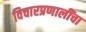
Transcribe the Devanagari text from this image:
विचारप्रणालींचा